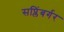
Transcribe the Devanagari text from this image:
सप्लिंबर्गर